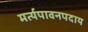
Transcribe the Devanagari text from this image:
मर्त्यपावनपदाय